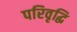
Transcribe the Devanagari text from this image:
परिवृद्धि